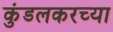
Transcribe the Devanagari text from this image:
कुंडलकरच्या